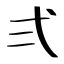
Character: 弍